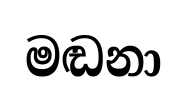
මඬනා